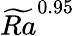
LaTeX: \widetilde{Ra}^{0.95}